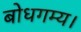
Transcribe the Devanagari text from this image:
बोधगम्य।